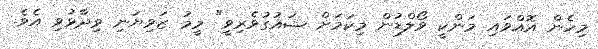
މިހެން އޮއްވައި މަންކީ ވޯލްޑުން މިކަމަށް ޝައުގުވެރިވީ" މީމު ޒަވިޔަނި ވިދާޅުވި އެވެ.